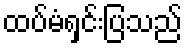
ထပ်မံရှင်းပြသည်